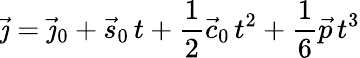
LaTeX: {\vec{\jmath}}={\vec{\jmath}}_{0}+{\vec{s}}_{0}\, t+{\frac{1}{2}}{\vec{c}}_{0}\, t^{2}+{\frac{1}{6}}{\vec{p}}\, t^{3}